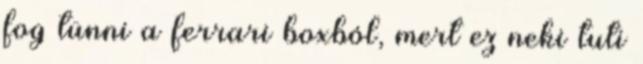
fog tünni a ferrari boxból, mert ez neki tuti